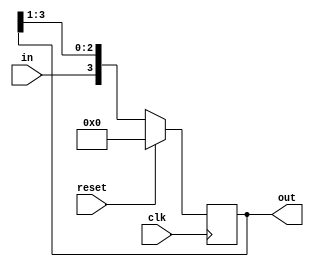
module sipo(input in,clk,reset,output reg [3:0] out);
  always @(posedge clk)begin
    if(reset)
      out <=0;
    else
      out <= {in,out[3:1]};
  end
endmodule